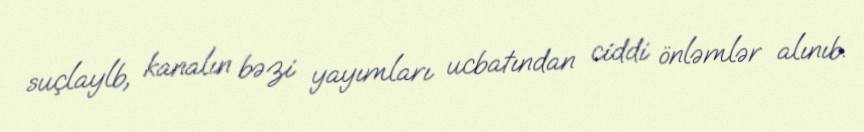
suçlaylb, kanalın bəzi yayımları ucbatından ciddi önləmlər alınıb.